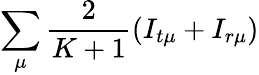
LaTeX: \sum_{\mu}\frac{2}{K+1}(I_{t\mu}+I_{r\mu})